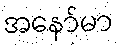
အနော်မာ